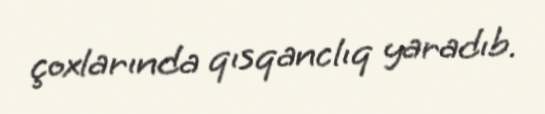
çoxlarında qısqanclıq yaradıb.